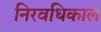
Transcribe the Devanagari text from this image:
निरवधिकाल